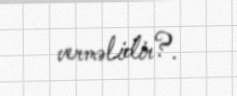
verməlidir?.